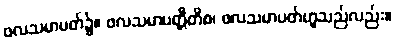
ဖလသမာပတ်၌။ ဖလသမာပတ္တီတိစ၊ ဖလသမာပတ်ဟူသည်လည်း။